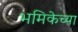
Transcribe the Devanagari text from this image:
भमिकेच्या